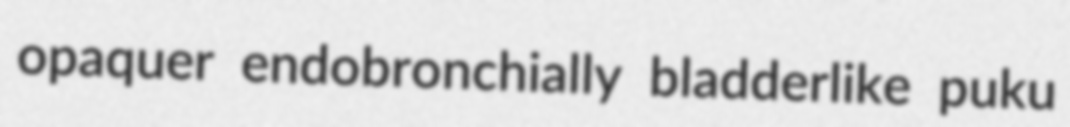
opaquer endobronchially bladderlike puku